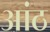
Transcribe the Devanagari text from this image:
आंठ